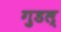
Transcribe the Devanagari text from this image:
गुडल्